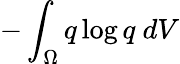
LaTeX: -\int_{\Omega}q\log q\ dV